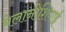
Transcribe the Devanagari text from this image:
मेलानीशियाई